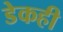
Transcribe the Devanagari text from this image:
डेकही